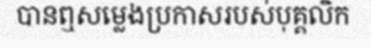
បានឮសម្លេងប្រកាសរបស់បុគ្គលិក